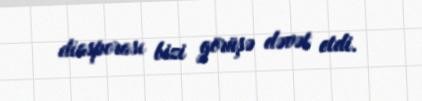
diasporası bizi görüşə dəvət etdi.